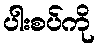
ပါးစပ်ကို